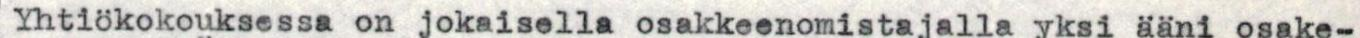
Yhtiökokouksessa on jokaisella osakkeenomistajalla yksi ääni osake-